system: You are a helpful assistant.
user:
Analyze the provided spectrum to determine if it is a **M-type Giant (gM)**.

A M-type Giant spectrum is defined by its **strong molecular absorption** features, particularly from **Titanium Oxide (TiO)**. You must check for one of the following mutually exclusive signatures:

- **Key Visual Indicators (Absorption-Dominated Spectrum):**

    - **(Primary):** The spectrum is dominated by strong molecular absorption from **Titanium Oxide (TiO)**. This is the **defining feature** of its M-type temperature class.
        - **(Key Bandheads):** Look for sharp, "saw-tooth" absorption valleys. The strongest are located near **~7050 Å**, **~6160 Å**, and **~5170 Å**.
        - **(Line Profile):** The "saw-tooth" morphology is critical: a **sharp, steep drop on the BLUE (short-wavelength) side** of the bandhead, followed by a gradual recovery (rising flux) towards the RED (long-wavelength) side.

    - **(Key Confirmation - Giant vs. Dwarf):** **ABSENCE** of strong **Calcium Hydride (CaH)** molecular bands. This is the primary diagnostic for *excluding* M-dwarfs.
        - **(Key Region):** The spectrum should lack the strong, broad absorption band seen in dwarfs between **~6800 Å and ~7000 Å**.

    - **(Secondary Confirmation - Giant):** A very strong and broad **Neutral Calcium (Ca I)** atomic absorption line.
        - **(Key Line):** Located at **~4226 Å**. In a giant (gM), this line is significantly deeper and broader than the same line in an M-dwarf (dM) due to low surface gravity.

    - **(Overall Spectrum):**
        - The continuum is **extremely red-sloping** (i.e., flux is very low in the blue and rises dramatically towards the red).
        - The entire spectrum appears "chopped up" by the deep TiO bands.

Think first, call **spectral_visualization_tool** if needed to examine features in detail, then provide your final answer. Your response must adhere to the following strict rules:
1.  **Overall Structure:** Your response must follow the format `<think>...</think> <tool_call>...</tool_call> (if a tool is used) <answer>...</answer>`.
2.  **Tool Usage Constraint:** You may only make **one** tool call per turn.
3.  **Final Answer Format:** In the `<answer>` tag, your conclusion must be inside a `\boxed{}` command (e.g., `\boxed{YES}` or `\boxed{NO}`), followed by your justification.

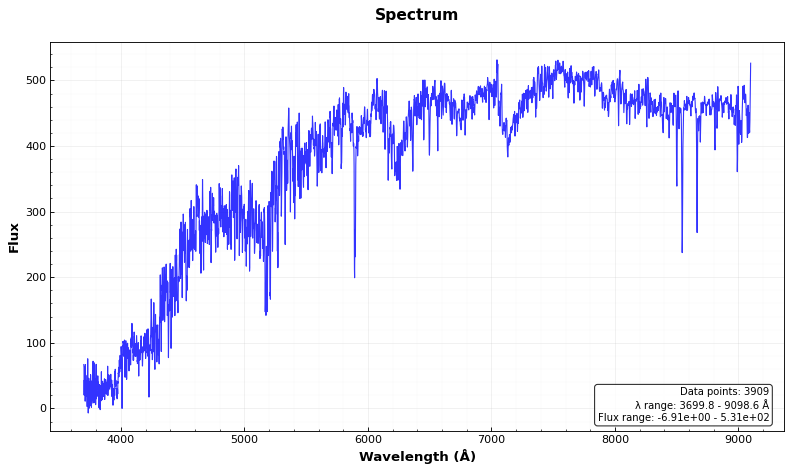
Answer: YES